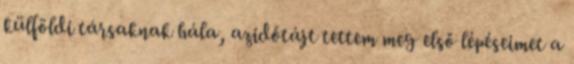
külföldi társaknak hála, azidőtájt tettem meg első lépéseimet a